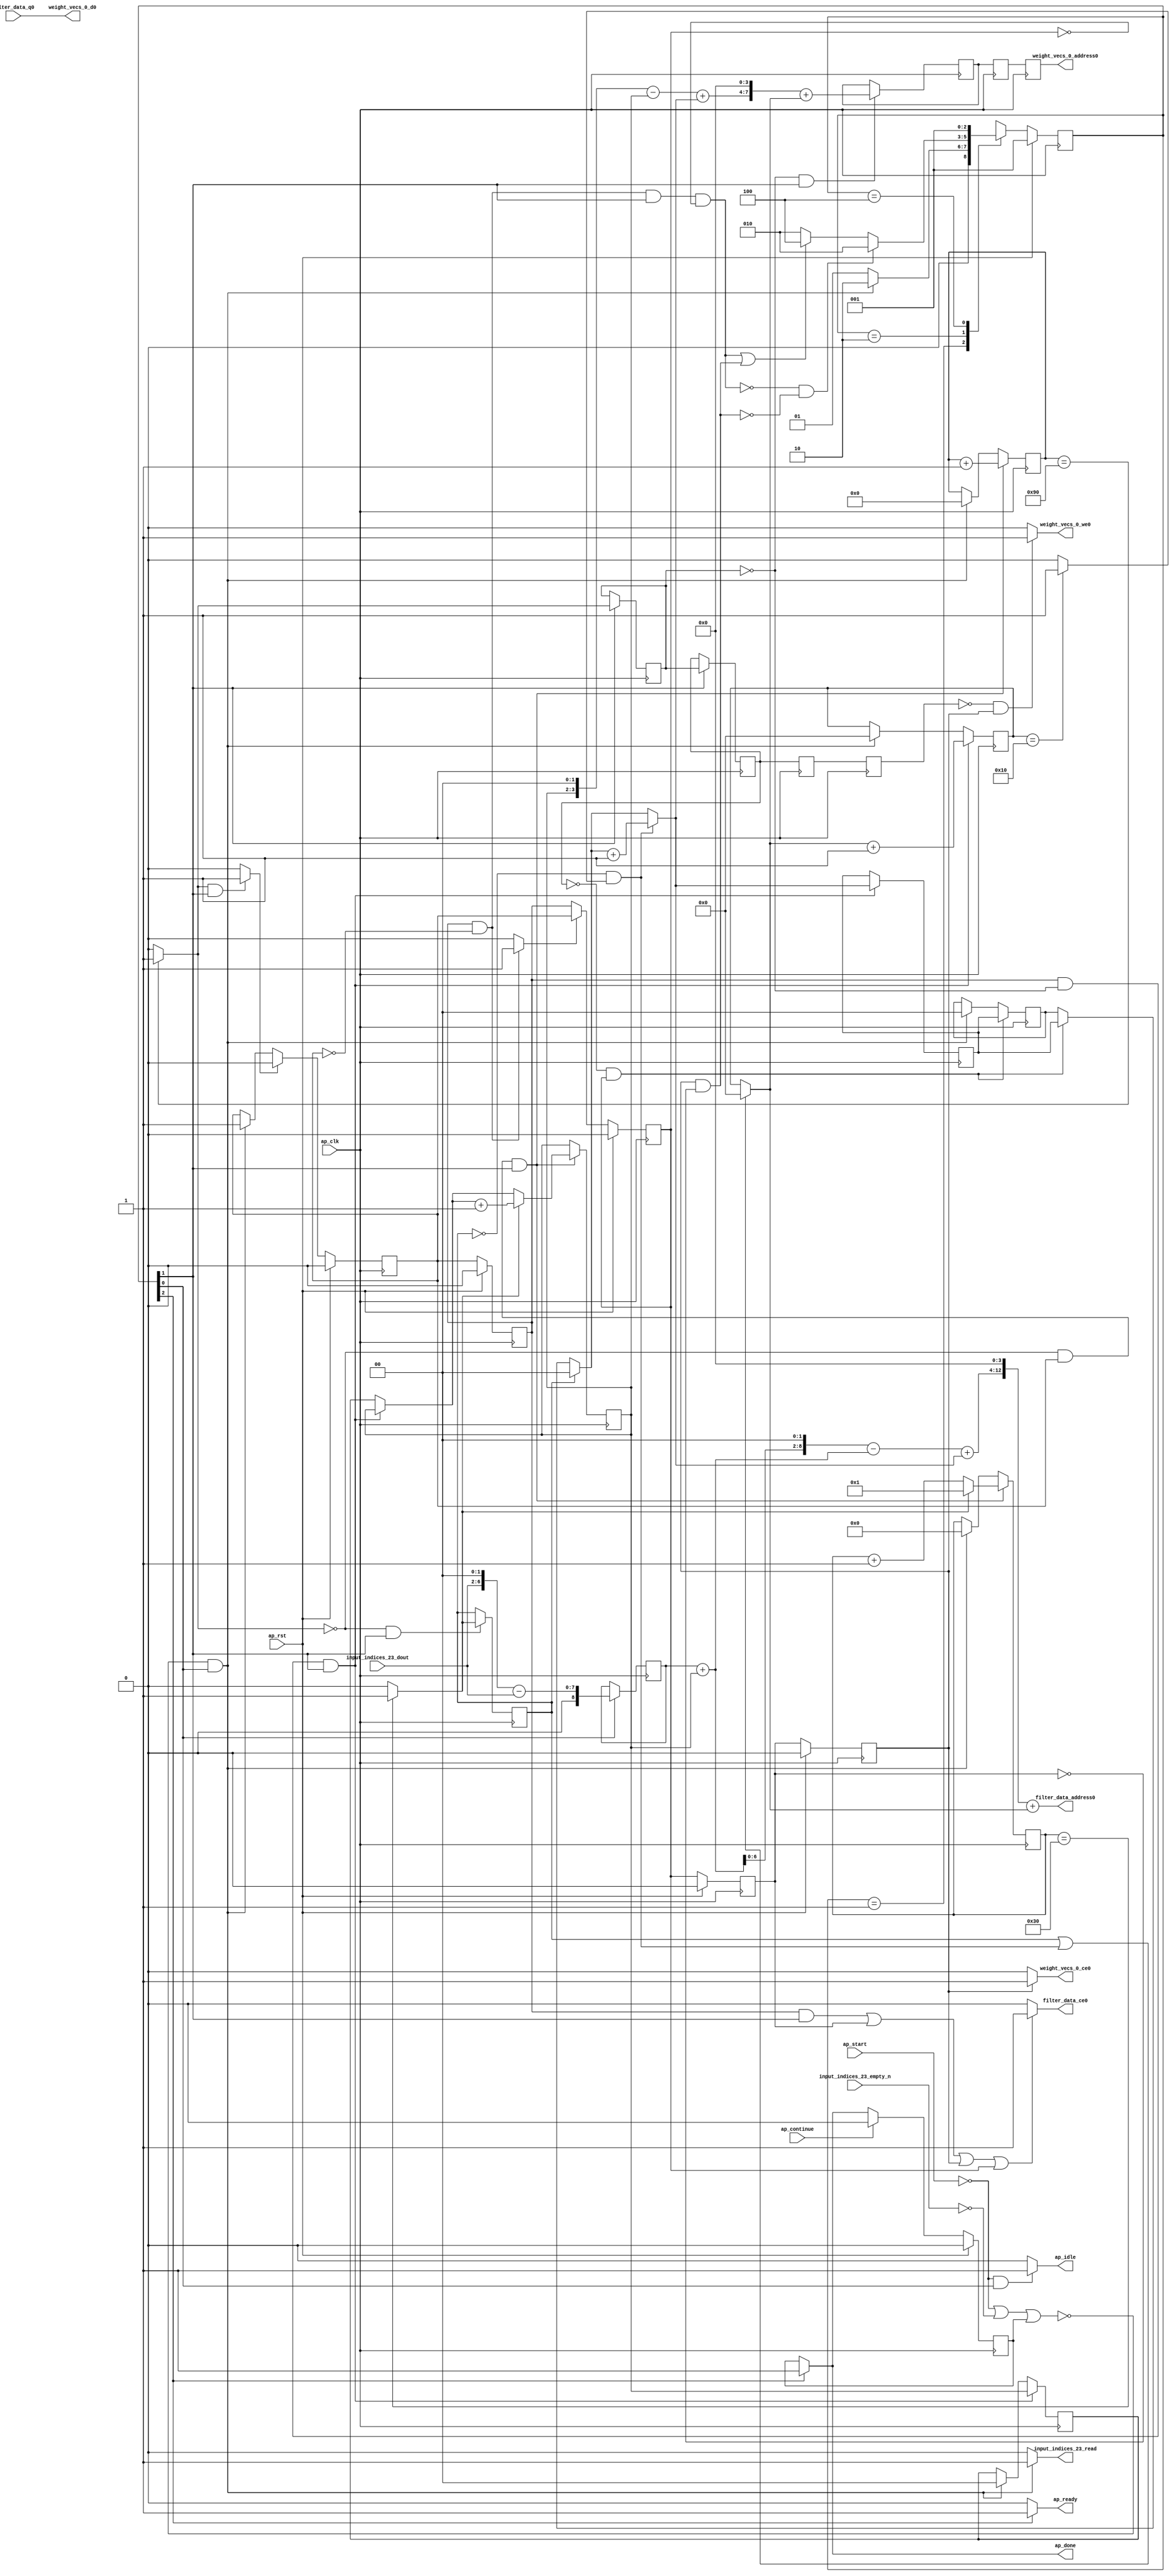
`define EXPONENT 5
`define MANTISSA 10
`define ACTUAL_MANTISSA 11
`define EXPONENT_LSB 10
`define EXPONENT_MSB 14
`define MANTISSA_LSB 0
`define MANTISSA_MSB 9
`define MANTISSA_MUL_SPLIT_LSB 3
`define MANTISSA_MUL_SPLIT_MSB 9
`define SIGN 1
`define SIGN_LOC 15
`define DWIDTH (`SIGN+`EXPONENT+`MANTISSA)
`define IEEE_COMPLIANCE 1

module td_fused_top_tdf2_readFilters24 (
        ap_clk,
        ap_rst,
        ap_start,
        ap_done,
        ap_continue,
        ap_idle,
        ap_ready,
        filter_data_address0,
        filter_data_ce0,
        filter_data_q0,
        input_indices_23_dout,
        input_indices_23_empty_n,
        input_indices_23_read,
        weight_vecs_0_address0,
        weight_vecs_0_ce0,
        weight_vecs_0_we0,
        weight_vecs_0_d0
);

parameter    ap_ST_fsm_state1 = 3'd1;
parameter    ap_ST_fsm_pp0_stage0 = 3'd2;
parameter    ap_ST_fsm_state7 = 3'd4;

input   ap_clk;
input   ap_rst;
input   ap_start;
output   ap_done;
input   ap_continue;
output   ap_idle;
output   ap_ready;
output  [12:0] filter_data_address0;
output   filter_data_ce0;
input  [15:0] filter_data_q0;
input  [4:0] input_indices_23_dout;
input   input_indices_23_empty_n;
output   input_indices_23_read;
output  [7:0] weight_vecs_0_address0;
output   weight_vecs_0_ce0;
output   weight_vecs_0_we0;
output  [15:0] weight_vecs_0_d0;

reg ap_done;
reg ap_idle;
reg ap_ready;
reg filter_data_ce0;
reg input_indices_23_read;
reg weight_vecs_0_ce0;
reg weight_vecs_0_we0;

reg    ap_done_reg;
  reg   [2:0] ap_CS_fsm;
wire    ap_CS_fsm_state1;
reg    input_indices_23_blk_n;
reg   [7:0] indvar_flatten13_reg_123;
reg   [1:0] ii_reg_134;
reg   [6:0] indvar_flatten_reg_145;
reg   [1:0] jj_reg_156;
reg   [4:0] kk_reg_167;
wire   [8:0] sext_ln47_fu_200_p1;
reg   [8:0] sext_ln47_reg_408;
wire   [7:0] add_ln47_5_fu_204_p2;
wire    ap_CS_fsm_pp0_stage0;
reg    ap_enable_reg_pp0_iter0;
wire    ap_block_state2_pp0_stage0_iter0;
wire    ap_block_state3_pp0_stage0_iter1;
wire    ap_block_state4_pp0_stage0_iter2;
wire    ap_block_state5_pp0_stage0_iter3;
wire    ap_block_state6_pp0_stage0_iter4;
wire    ap_block_pp0_stage0_11001;
wire   [0:0] icmp_ln47_fu_210_p2;
reg   [0:0] icmp_ln47_reg_418;
reg   [0:0] icmp_ln47_reg_418_pp0_iter1_reg;
reg   [0:0] icmp_ln47_reg_418_pp0_iter2_reg;
reg   [0:0] icmp_ln47_reg_418_pp0_iter3_reg;
wire   [0:0] icmp_ln48_fu_222_p2;
reg   [0:0] icmp_ln48_reg_422;
wire   [1:0] select_ln47_5_fu_228_p3;
reg   [1:0] select_ln47_5_reg_429;
wire   [6:0] select_ln48_10_fu_242_p3;
wire   [1:0] select_ln48_9_fu_329_p3;
reg   [1:0] select_ln48_9_reg_442;
reg    ap_enable_reg_pp0_iter1;
wire   [7:0] add_ln55_20_fu_392_p2;
reg   [7:0] add_ln55_20_reg_452;
reg   [7:0] add_ln55_20_reg_452_pp0_iter2_reg;
reg   [7:0] add_ln55_20_reg_452_pp0_iter3_reg;
wire   [4:0] add_ln49_fu_398_p2;
reg    ap_block_state1;
wire    ap_block_pp0_stage0_subdone;
reg    ap_condition_pp0_flush_enable;
reg    ap_enable_reg_pp0_iter2;
reg    ap_condition_pp0_exit_iter1_state3;
reg    ap_enable_reg_pp0_iter3;
reg    ap_enable_reg_pp0_iter4;
reg   [1:0] ap_phi_mux_ii_phi_fu_138_p4;
wire    ap_block_pp0_stage0;
reg   [1:0] ap_phi_mux_jj_phi_fu_160_p4;
wire   [63:0] zext_ln55_47_fu_387_p1;
wire   [63:0] zext_ln55_48_fu_404_p1;
wire   [6:0] tmp_fu_182_p3;
wire   [7:0] zext_ln55_40_fu_190_p1;
wire   [7:0] zext_ln55_fu_178_p1;
wire   [7:0] sub_ln55_fu_194_p2;
wire   [1:0] add_ln47_fu_216_p2;
wire   [6:0] add_ln48_5_fu_236_p2;
wire   [8:0] zext_ln55_42_fu_260_p1;
wire   [8:0] add_ln55_fu_263_p2;
wire   [8:0] shl_ln55_fu_268_p2;
wire   [3:0] tmp_s_fu_280_p3;
wire   [3:0] zext_ln55_41_fu_257_p1;
wire   [0:0] icmp_ln49_fu_298_p2;
wire   [0:0] xor_ln47_fu_293_p2;
wire   [1:0] select_ln47_fu_250_p3;
wire   [0:0] and_ln47_fu_304_p2;
wire   [0:0] or_ln48_fu_316_p2;
wire   [1:0] add_ln48_fu_310_p2;
wire   [8:0] sub_ln55_9_fu_274_p2;
wire   [8:0] zext_ln55_44_fu_341_p1;
wire   [8:0] add_ln55_17_fu_345_p2;
wire   [3:0] sub_ln55_10_fu_287_p2;
wire   [3:0] zext_ln55_43_fu_337_p1;
wire   [3:0] add_ln55_18_fu_359_p2;
wire   [4:0] select_ln48_fu_321_p3;
wire   [12:0] tmp_124_cast_fu_351_p3;
wire   [12:0] zext_ln55_46_fu_377_p1;
wire   [12:0] add_ln55_19_fu_381_p2;
wire   [7:0] tmp_126_cast_fu_365_p3;
wire   [7:0] zext_ln55_45_fu_373_p1;
wire    ap_CS_fsm_state7;
reg   [2:0] ap_NS_fsm;
reg    ap_idle_pp0;
wire    ap_enable_pp0;
wire    ap_ce_reg;

// power-on initialization
initial begin
#0 ap_done_reg = 1'b0;
#0 ap_CS_fsm = 3'd1;
#0 ap_enable_reg_pp0_iter0 = 1'b0;
#0 ap_enable_reg_pp0_iter1 = 1'b0;
#0 ap_enable_reg_pp0_iter2 = 1'b0;
#0 ap_enable_reg_pp0_iter3 = 1'b0;
#0 ap_enable_reg_pp0_iter4 = 1'b0;
end

always @ (posedge ap_clk) begin
    if (ap_rst == 1'b1) begin
        ap_CS_fsm <= ap_ST_fsm_state1;
    end else begin
        ap_CS_fsm <= ap_NS_fsm;
    end
end

always @ (posedge ap_clk) begin
    if (ap_rst == 1'b1) begin
        ap_done_reg <= 1'b0;
    end else begin
        if ((ap_continue == 1'b1)) begin
            ap_done_reg <= 1'b0;
        end else if ((1'b1 == ap_CS_fsm_state7)) begin
            ap_done_reg <= 1'b1;
        end
    end
end

always @ (posedge ap_clk) begin
    if (ap_rst == 1'b1) begin
        ap_enable_reg_pp0_iter0 <= 1'b0;
    end else begin
        if ((1'b1 == ap_condition_pp0_flush_enable)) begin
            ap_enable_reg_pp0_iter0 <= 1'b0;
        end else if ((~((ap_start == 1'b0) | (input_indices_23_empty_n == 1'b0) | (ap_done_reg == 1'b1)) & (1'b1 == ap_CS_fsm_state1))) begin
            ap_enable_reg_pp0_iter0 <= 1'b1;
        end
    end
end

always @ (posedge ap_clk) begin
    if (ap_rst == 1'b1) begin
        ap_enable_reg_pp0_iter1 <= 1'b0;
    end else begin
        if ((1'b0 == ap_block_pp0_stage0_subdone)) begin
            ap_enable_reg_pp0_iter1 <= ap_enable_reg_pp0_iter0;
        end
    end
end

always @ (posedge ap_clk) begin
    if (ap_rst == 1'b1) begin
        ap_enable_reg_pp0_iter2 <= 1'b0;
    end else begin
        if ((1'b0 == ap_block_pp0_stage0_subdone)) begin
            if ((1'b1 == ap_condition_pp0_exit_iter1_state3)) begin
                ap_enable_reg_pp0_iter2 <= ap_enable_reg_pp0_iter0;
            end else if ((1'b1 == 1'b1)) begin
                ap_enable_reg_pp0_iter2 <= ap_enable_reg_pp0_iter1;
            end
        end
    end
end

always @ (posedge ap_clk) begin
    if (ap_rst == 1'b1) begin
        ap_enable_reg_pp0_iter3 <= 1'b0;
    end else begin
        if ((1'b0 == ap_block_pp0_stage0_subdone)) begin
            ap_enable_reg_pp0_iter3 <= ap_enable_reg_pp0_iter2;
        end
    end
end

always @ (posedge ap_clk) begin
    if (ap_rst == 1'b1) begin
        ap_enable_reg_pp0_iter4 <= 1'b0;
    end else begin
        if ((1'b0 == ap_block_pp0_stage0_subdone)) begin
            ap_enable_reg_pp0_iter4 <= ap_enable_reg_pp0_iter3;
        end else if ((~((ap_start == 1'b0) | (input_indices_23_empty_n == 1'b0) | (ap_done_reg == 1'b1)) & (1'b1 == ap_CS_fsm_state1))) begin
            ap_enable_reg_pp0_iter4 <= 1'b0;
        end
    end
end

always @ (posedge ap_clk) begin
    if (((ap_enable_reg_pp0_iter1 == 1'b1) & (icmp_ln47_reg_418 == 1'd0) & (1'b0 == ap_block_pp0_stage0_11001) & (1'b1 == ap_CS_fsm_pp0_stage0))) begin
        ii_reg_134 <= select_ln47_5_reg_429;
    end else if ((~((ap_start == 1'b0) | (input_indices_23_empty_n == 1'b0) | (ap_done_reg == 1'b1)) & (1'b1 == ap_CS_fsm_state1))) begin
        ii_reg_134 <= 2'd0;
    end
end

always @ (posedge ap_clk) begin
    if (((icmp_ln47_fu_210_p2 == 1'd0) & (1'b0 == ap_block_pp0_stage0_11001) & (ap_enable_reg_pp0_iter0 == 1'b1) & (1'b1 == ap_CS_fsm_pp0_stage0))) begin
        indvar_flatten13_reg_123 <= add_ln47_5_fu_204_p2;
    end else if ((~((ap_start == 1'b0) | (input_indices_23_empty_n == 1'b0) | (ap_done_reg == 1'b1)) & (1'b1 == ap_CS_fsm_state1))) begin
        indvar_flatten13_reg_123 <= 8'd0;
    end
end

always @ (posedge ap_clk) begin
    if (((icmp_ln47_fu_210_p2 == 1'd0) & (1'b0 == ap_block_pp0_stage0_11001) & (ap_enable_reg_pp0_iter0 == 1'b1) & (1'b1 == ap_CS_fsm_pp0_stage0))) begin
        indvar_flatten_reg_145 <= select_ln48_10_fu_242_p3;
    end else if ((~((ap_start == 1'b0) | (input_indices_23_empty_n == 1'b0) | (ap_done_reg == 1'b1)) & (1'b1 == ap_CS_fsm_state1))) begin
        indvar_flatten_reg_145 <= 7'd0;
    end
end

always @ (posedge ap_clk) begin
    if (((icmp_ln47_reg_418_pp0_iter1_reg == 1'd0) & (1'b0 == ap_block_pp0_stage0_11001) & (ap_enable_reg_pp0_iter2 == 1'b1))) begin
        jj_reg_156 <= select_ln48_9_reg_442;
    end else if ((~((ap_start == 1'b0) | (input_indices_23_empty_n == 1'b0) | (ap_done_reg == 1'b1)) & (1'b1 == ap_CS_fsm_state1))) begin
        jj_reg_156 <= 2'd0;
    end
end

always @ (posedge ap_clk) begin
    if (((ap_enable_reg_pp0_iter1 == 1'b1) & (icmp_ln47_reg_418 == 1'd0) & (1'b0 == ap_block_pp0_stage0_11001) & (1'b1 == ap_CS_fsm_pp0_stage0))) begin
        kk_reg_167 <= add_ln49_fu_398_p2;
    end else if ((~((ap_start == 1'b0) | (input_indices_23_empty_n == 1'b0) | (ap_done_reg == 1'b1)) & (1'b1 == ap_CS_fsm_state1))) begin
        kk_reg_167 <= 5'd0;
    end
end

always @ (posedge ap_clk) begin
    if (((icmp_ln47_reg_418 == 1'd0) & (1'b0 == ap_block_pp0_stage0_11001) & (1'b1 == ap_CS_fsm_pp0_stage0))) begin
        add_ln55_20_reg_452 <= add_ln55_20_fu_392_p2;
    end
end

always @ (posedge ap_clk) begin
    if ((1'b0 == ap_block_pp0_stage0_11001)) begin
        add_ln55_20_reg_452_pp0_iter2_reg <= add_ln55_20_reg_452;
        add_ln55_20_reg_452_pp0_iter3_reg <= add_ln55_20_reg_452_pp0_iter2_reg;
        icmp_ln47_reg_418_pp0_iter2_reg <= icmp_ln47_reg_418_pp0_iter1_reg;
        icmp_ln47_reg_418_pp0_iter3_reg <= icmp_ln47_reg_418_pp0_iter2_reg;
    end
end

always @ (posedge ap_clk) begin
    if (((1'b0 == ap_block_pp0_stage0_11001) & (1'b1 == ap_CS_fsm_pp0_stage0))) begin
        icmp_ln47_reg_418 <= icmp_ln47_fu_210_p2;
        icmp_ln47_reg_418_pp0_iter1_reg <= icmp_ln47_reg_418;
    end
end

always @ (posedge ap_clk) begin
    if (((icmp_ln47_fu_210_p2 == 1'd0) & (1'b0 == ap_block_pp0_stage0_11001) & (1'b1 == ap_CS_fsm_pp0_stage0))) begin
        icmp_ln48_reg_422 <= icmp_ln48_fu_222_p2;
    end
end

always @ (posedge ap_clk) begin
    if (((icmp_ln47_fu_210_p2 == 1'd0) & (1'b0 == ap_block_pp0_stage0_11001) & (ap_enable_reg_pp0_iter0 == 1'b1) & (1'b1 == ap_CS_fsm_pp0_stage0))) begin
        select_ln47_5_reg_429 <= select_ln47_5_fu_228_p3;
    end
end

always @ (posedge ap_clk) begin
    if (((ap_enable_reg_pp0_iter1 == 1'b1) & (icmp_ln47_reg_418 == 1'd0) & (1'b0 == ap_block_pp0_stage0_11001) & (1'b1 == ap_CS_fsm_pp0_stage0))) begin
        select_ln48_9_reg_442 <= select_ln48_9_fu_329_p3;
    end
end

always @ (posedge ap_clk) begin
    if ((1'b1 == ap_CS_fsm_state1)) begin
        sext_ln47_reg_408 <= sext_ln47_fu_200_p1;
    end
end

always @ (*) begin
    if (((ap_enable_reg_pp0_iter1 == 1'b1) & (ap_enable_reg_pp0_iter0 == 1'b0))) begin
        ap_condition_pp0_exit_iter1_state3 = 1'b1;
    end else begin
        ap_condition_pp0_exit_iter1_state3 = 1'b0;
    end
end

always @ (*) begin
    if (((icmp_ln47_fu_210_p2 == 1'd1) & (1'b0 == ap_block_pp0_stage0_subdone) & (1'b1 == ap_CS_fsm_pp0_stage0))) begin
        ap_condition_pp0_flush_enable = 1'b1;
    end else begin
        ap_condition_pp0_flush_enable = 1'b0;
    end
end

always @ (*) begin
    if ((1'b1 == ap_CS_fsm_state7)) begin
        ap_done = 1'b1;
    end else begin
        ap_done = ap_done_reg;
    end
end

always @ (*) begin
    if (((ap_start == 1'b0) & (1'b1 == ap_CS_fsm_state1))) begin
        ap_idle = 1'b1;
    end else begin
        ap_idle = 1'b0;
    end
end

always @ (*) begin
    if (((ap_enable_reg_pp0_iter1 == 1'b0) & (ap_enable_reg_pp0_iter0 == 1'b0) & (ap_enable_reg_pp0_iter4 == 1'b0) & (ap_enable_reg_pp0_iter3 == 1'b0) & (ap_enable_reg_pp0_iter2 == 1'b0))) begin
        ap_idle_pp0 = 1'b1;
    end else begin
        ap_idle_pp0 = 1'b0;
    end
end

always @ (*) begin
    if (((ap_enable_reg_pp0_iter1 == 1'b1) & (icmp_ln47_reg_418 == 1'd0) & (1'b0 == ap_block_pp0_stage0) & (1'b1 == ap_CS_fsm_pp0_stage0))) begin
        ap_phi_mux_ii_phi_fu_138_p4 = select_ln47_5_reg_429;
    end else begin
        ap_phi_mux_ii_phi_fu_138_p4 = ii_reg_134;
    end
end

always @ (*) begin
    if (((icmp_ln47_reg_418_pp0_iter1_reg == 1'd0) & (1'b0 == ap_block_pp0_stage0) & (ap_enable_reg_pp0_iter2 == 1'b1))) begin
        ap_phi_mux_jj_phi_fu_160_p4 = select_ln48_9_reg_442;
    end else begin
        ap_phi_mux_jj_phi_fu_160_p4 = jj_reg_156;
    end
end

always @ (*) begin
    if ((1'b1 == ap_CS_fsm_state7)) begin
        ap_ready = 1'b1;
    end else begin
        ap_ready = 1'b0;
    end
end

always @ (*) begin
    if ((((ap_enable_reg_pp0_iter1 == 1'b1) & (1'b0 == ap_block_pp0_stage0_11001) & (1'b1 == ap_CS_fsm_pp0_stage0)) | ((1'b0 == ap_block_pp0_stage0_11001) & (ap_enable_reg_pp0_iter3 == 1'b1)) | ((1'b0 == ap_block_pp0_stage0_11001) & (ap_enable_reg_pp0_iter4 == 1'b1)) | ((1'b0 == ap_block_pp0_stage0_11001) & (ap_enable_reg_pp0_iter2 == 1'b1)))) begin
        filter_data_ce0 = 1'b1;
    end else begin
        filter_data_ce0 = 1'b0;
    end
end

always @ (*) begin
    if ((~((ap_start == 1'b0) | (ap_done_reg == 1'b1)) & (1'b1 == ap_CS_fsm_state1))) begin
        input_indices_23_blk_n = input_indices_23_empty_n;
    end else begin
        input_indices_23_blk_n = 1'b1;
    end
end

always @ (*) begin
    if ((~((ap_start == 1'b0) | (input_indices_23_empty_n == 1'b0) | (ap_done_reg == 1'b1)) & (1'b1 == ap_CS_fsm_state1))) begin
        input_indices_23_read = 1'b1;
    end else begin
        input_indices_23_read = 1'b0;
    end
end

always @ (*) begin
    if (((1'b0 == ap_block_pp0_stage0_11001) & (ap_enable_reg_pp0_iter4 == 1'b1))) begin
        weight_vecs_0_ce0 = 1'b1;
    end else begin
        weight_vecs_0_ce0 = 1'b0;
    end
end

always @ (*) begin
    if (((icmp_ln47_reg_418_pp0_iter3_reg == 1'd0) & (1'b0 == ap_block_pp0_stage0_11001) & (ap_enable_reg_pp0_iter4 == 1'b1))) begin
        weight_vecs_0_we0 = 1'b1;
    end else begin
        weight_vecs_0_we0 = 1'b0;
    end
end

always @ (*) begin
    case (ap_CS_fsm)
        ap_ST_fsm_state1 : begin
            if ((~((ap_start == 1'b0) | (input_indices_23_empty_n == 1'b0) | (ap_done_reg == 1'b1)) & (1'b1 == ap_CS_fsm_state1))) begin
                ap_NS_fsm = ap_ST_fsm_pp0_stage0;
            end else begin
                ap_NS_fsm = ap_ST_fsm_state1;
            end
        end
        ap_ST_fsm_pp0_stage0 : begin
            if ((~((ap_enable_reg_pp0_iter1 == 1'b1) & (1'b0 == ap_block_pp0_stage0_subdone) & (ap_enable_reg_pp0_iter0 == 1'b0) & (1'b1 == ap_CS_fsm_pp0_stage0) & (ap_enable_reg_pp0_iter2 == 1'b0)) & ~((1'b0 == ap_block_pp0_stage0_subdone) & (ap_enable_reg_pp0_iter4 == 1'b1) & (ap_enable_reg_pp0_iter3 == 1'b0)))) begin
                ap_NS_fsm = ap_ST_fsm_pp0_stage0;
            end else if ((((ap_enable_reg_pp0_iter1 == 1'b1) & (1'b0 == ap_block_pp0_stage0_subdone) & (ap_enable_reg_pp0_iter0 == 1'b0) & (1'b1 == ap_CS_fsm_pp0_stage0) & (ap_enable_reg_pp0_iter2 == 1'b0)) | ((1'b0 == ap_block_pp0_stage0_subdone) & (ap_enable_reg_pp0_iter4 == 1'b1) & (ap_enable_reg_pp0_iter3 == 1'b0)))) begin
                ap_NS_fsm = ap_ST_fsm_state7;
            end else begin
                ap_NS_fsm = ap_ST_fsm_pp0_stage0;
            end
        end
        ap_ST_fsm_state7 : begin
            ap_NS_fsm = ap_ST_fsm_state1;
        end
        default : begin
            ap_NS_fsm = 'bx;
        end
    endcase
end

assign add_ln47_5_fu_204_p2 = (indvar_flatten13_reg_123 + 8'd1);

assign add_ln47_fu_216_p2 = (ap_phi_mux_ii_phi_fu_138_p4 + 2'd1);

assign add_ln48_5_fu_236_p2 = (indvar_flatten_reg_145 + 7'd1);

assign add_ln48_fu_310_p2 = (select_ln47_fu_250_p3 + 2'd1);

assign add_ln49_fu_398_p2 = (select_ln48_fu_321_p3 + 5'd1);

assign add_ln55_17_fu_345_p2 = (sub_ln55_9_fu_274_p2 + zext_ln55_44_fu_341_p1);

assign add_ln55_18_fu_359_p2 = (sub_ln55_10_fu_287_p2 + zext_ln55_43_fu_337_p1);

assign add_ln55_19_fu_381_p2 = (tmp_124_cast_fu_351_p3 + zext_ln55_46_fu_377_p1);

assign add_ln55_20_fu_392_p2 = (tmp_126_cast_fu_365_p3 + zext_ln55_45_fu_373_p1);

assign add_ln55_fu_263_p2 = ((sext_ln47_reg_408) + (zext_ln55_42_fu_260_p1));

assign and_ln47_fu_304_p2 = (xor_ln47_fu_293_p2 & icmp_ln49_fu_298_p2);

assign ap_CS_fsm_pp0_stage0 = ap_CS_fsm[32'd1];

assign ap_CS_fsm_state1 = ap_CS_fsm[32'd0];

assign ap_CS_fsm_state7 = ap_CS_fsm[32'd2];

assign ap_block_pp0_stage0 = ~(1'b1 == 1'b1);

assign ap_block_pp0_stage0_11001 = ~(1'b1 == 1'b1);

assign ap_block_pp0_stage0_subdone = ~(1'b1 == 1'b1);

always @ (*) begin
    ap_block_state1 = ((ap_start == 1'b0) | (input_indices_23_empty_n == 1'b0) | (ap_done_reg == 1'b1));
end

assign ap_block_state2_pp0_stage0_iter0 = ~(1'b1 == 1'b1);

assign ap_block_state3_pp0_stage0_iter1 = ~(1'b1 == 1'b1);

assign ap_block_state4_pp0_stage0_iter2 = ~(1'b1 == 1'b1);

assign ap_block_state5_pp0_stage0_iter3 = ~(1'b1 == 1'b1);

assign ap_block_state6_pp0_stage0_iter4 = ~(1'b1 == 1'b1);

assign ap_enable_pp0 = (ap_idle_pp0 ^ 1'b1);

assign filter_data_address0 = zext_ln55_47_fu_387_p1;

assign icmp_ln47_fu_210_p2 = ((indvar_flatten13_reg_123 == 8'd144) ? 1'b1 : 1'b0);

assign icmp_ln48_fu_222_p2 = ((indvar_flatten_reg_145 == 7'd48) ? 1'b1 : 1'b0);

assign icmp_ln49_fu_298_p2 = ((kk_reg_167 == 5'd16) ? 1'b1 : 1'b0);

assign or_ln48_fu_316_p2 = (icmp_ln48_reg_422 | and_ln47_fu_304_p2);

assign select_ln47_5_fu_228_p3 = ((icmp_ln48_fu_222_p2[0:0] == 1'b1) ? add_ln47_fu_216_p2 : ap_phi_mux_ii_phi_fu_138_p4);

assign select_ln47_fu_250_p3 = ((icmp_ln48_reg_422[0:0] == 1'b1) ? 2'd0 : ap_phi_mux_jj_phi_fu_160_p4);

assign select_ln48_10_fu_242_p3 = ((icmp_ln48_fu_222_p2[0:0] == 1'b1) ? 7'd1 : add_ln48_5_fu_236_p2);

assign select_ln48_9_fu_329_p3 = ((and_ln47_fu_304_p2[0:0] == 1'b1) ? add_ln48_fu_310_p2 : select_ln47_fu_250_p3);

assign select_ln48_fu_321_p3 = ((or_ln48_fu_316_p2[0:0] == 1'b1) ? 5'd0 : kk_reg_167);

assign sext_ln47_fu_200_p1 = (sub_ln55_fu_194_p2);

assign shl_ln55_fu_268_p2 = add_ln55_fu_263_p2 << 9'd2;

assign sub_ln55_10_fu_287_p2 = (tmp_s_fu_280_p3 - zext_ln55_41_fu_257_p1);

assign sub_ln55_9_fu_274_p2 = (shl_ln55_fu_268_p2 - add_ln55_fu_263_p2);

assign sub_ln55_fu_194_p2 = (zext_ln55_40_fu_190_p1 - zext_ln55_fu_178_p1);

assign tmp_124_cast_fu_351_p3 = {{add_ln55_17_fu_345_p2}, {4'd0}};

assign tmp_126_cast_fu_365_p3 = {{add_ln55_18_fu_359_p2}, {4'd0}};

assign tmp_fu_182_p3 = {{input_indices_23_dout}, {2'd0}};

assign tmp_s_fu_280_p3 = {{select_ln47_5_reg_429}, {2'd0}};

assign weight_vecs_0_address0 = zext_ln55_48_fu_404_p1;

assign weight_vecs_0_d0 = filter_data_q0;

assign xor_ln47_fu_293_p2 = (icmp_ln48_reg_422 ^ 1'd1);

assign zext_ln55_40_fu_190_p1 = tmp_fu_182_p3;

assign zext_ln55_41_fu_257_p1 = select_ln47_5_reg_429;

assign zext_ln55_42_fu_260_p1 = select_ln47_5_reg_429;

assign zext_ln55_43_fu_337_p1 = select_ln48_9_fu_329_p3;

assign zext_ln55_44_fu_341_p1 = select_ln48_9_fu_329_p3;

assign zext_ln55_45_fu_373_p1 = select_ln48_fu_321_p3;

assign zext_ln55_46_fu_377_p1 = select_ln48_fu_321_p3;

assign zext_ln55_47_fu_387_p1 = add_ln55_19_fu_381_p2;

assign zext_ln55_48_fu_404_p1 = add_ln55_20_reg_452_pp0_iter3_reg;

assign zext_ln55_fu_178_p1 = input_indices_23_dout;

endmodule //td_fused_top_tdf2_readFilters24